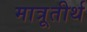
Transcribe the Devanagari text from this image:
मात्रूतीर्थ